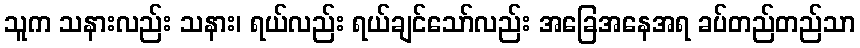
သူက သနားလည်း သနား၊ ရယ်လည်း ရယ်ချင်သော်လည်း အခြေအနေအရ ခပ်တည်တည်သာ